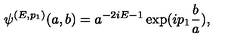
\psi ^ { ( E , p _ { 1 } ) } ( a , b ) = a ^ { - 2 i E - 1 } \exp ( i p _ { 1 } \frac { b } { a } ) ,